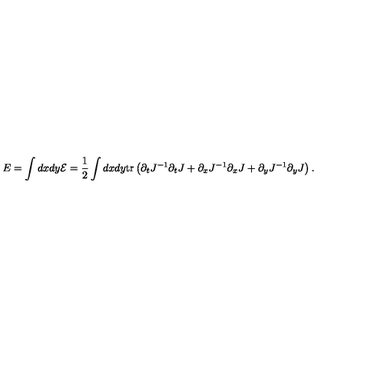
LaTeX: E = \int d x d y { \cal E } = \frac { 1 } { 2 } \int d x d y \mathrm { t r } \left( \partial _ { t } J ^ { - 1 } \partial _ { t } J + \partial _ { x } J ^ { - 1 } \partial _ { x } J + \partial _ { y } J ^ { - 1 } \partial _ { y } J \right) .